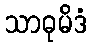
သာဓုမိဒံ